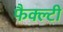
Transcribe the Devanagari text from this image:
फैक्ल्टी